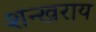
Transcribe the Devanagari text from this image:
शन्खराय